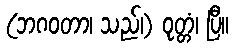
(ဘဂဝတာ၊ သည်၊) ဝုတ္တံ၊ ပြီ။